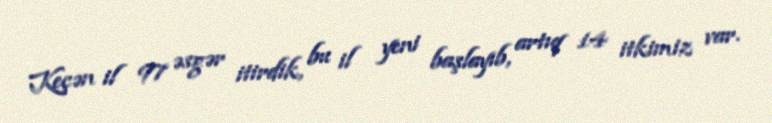
Keçən il 97 əsgər itirdik, bu il yeni başlayıb, artıq 14 itkimiz var.